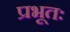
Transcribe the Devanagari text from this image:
प्रभूतः